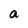
Character: a